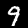
Label: 9